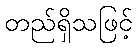
တည်ရှိသဖြင့်